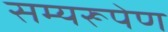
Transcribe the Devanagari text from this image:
सम्यरूपेण